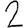
Digit: 2